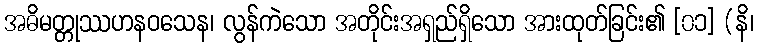
အဓိမတ္တုဿဟနဝသေန၊ လွန်ကဲသော အတိုင်းအရှည်ရှိသော အားထုတ်ခြင်း၏ [၀၁] (နိ၊